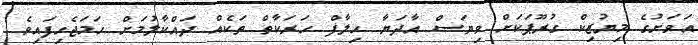
އަވަށުގެ މިޔުޒިކް ގުރޫޕަކަށް ވިޔަސް އާދަޔާ ހިލާފް ހަރަކާތް ތަކެއް ދައްކާލުމަށް ހަމަޖެހިފައިވެ